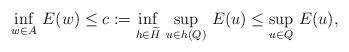
LaTeX: \begin{align*} \inf_{w \in A}\, E(w) \le c := \inf_{h \in \widetilde{H}}\, \sup_{u \in h(Q)}\, E(u) \le \sup_{u \in Q}\, E(u),\end{align*}